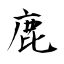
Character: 鹿